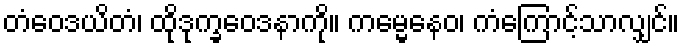
တံဝေဒယိတံ၊ ထိုဒုက္ခဝေဒနာကို။ ကမ္မေနေဝ၊ ကံကြောင့်သာလျှင်။